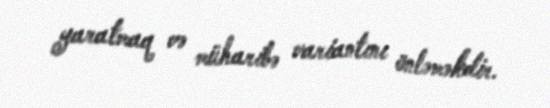
yaratmaq və müharibə variantını önləməkdir.